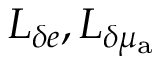
L _ { \delta e } , L _ { \delta \mu _ { \mathrm { a } } }